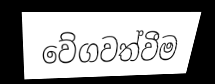
වේගවත්වීම